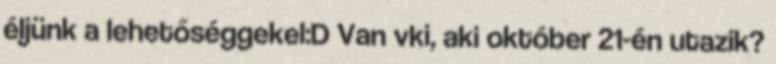
éljünk a lehetőséggekel:D Van vki, aki október 21-én utazik?